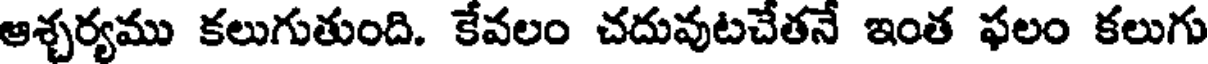
ఆశ్చర్యము కలుగుతుంది. కేవలం చదువుటచేతనే ఇంత ఫలం కలుగు